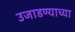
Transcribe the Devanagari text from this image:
उजाडण्याच्या